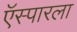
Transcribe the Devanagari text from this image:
ऍस्पारला